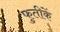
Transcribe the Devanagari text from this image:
फुतीकें